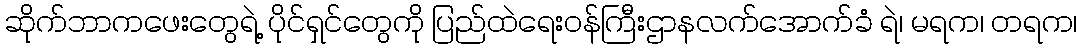
ဆိုက်ဘာကဖေးတွေရဲ့ ပိုင်ရှင်တွေကို ပြည်ထဲရေးဝန်ကြီးဌာနလက်အောက်ခံ ရဲ၊ မရက၊ တရက၊